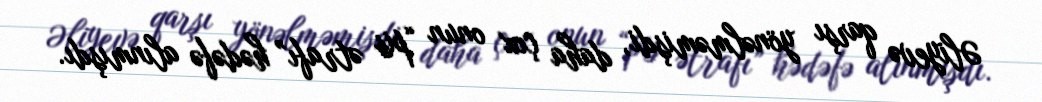
Əliyevə qarşı yönəlməmişdi, daha çox onun “pis ətrafı” hədəfə alınmışdı.